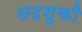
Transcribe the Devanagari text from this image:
छदशुकी